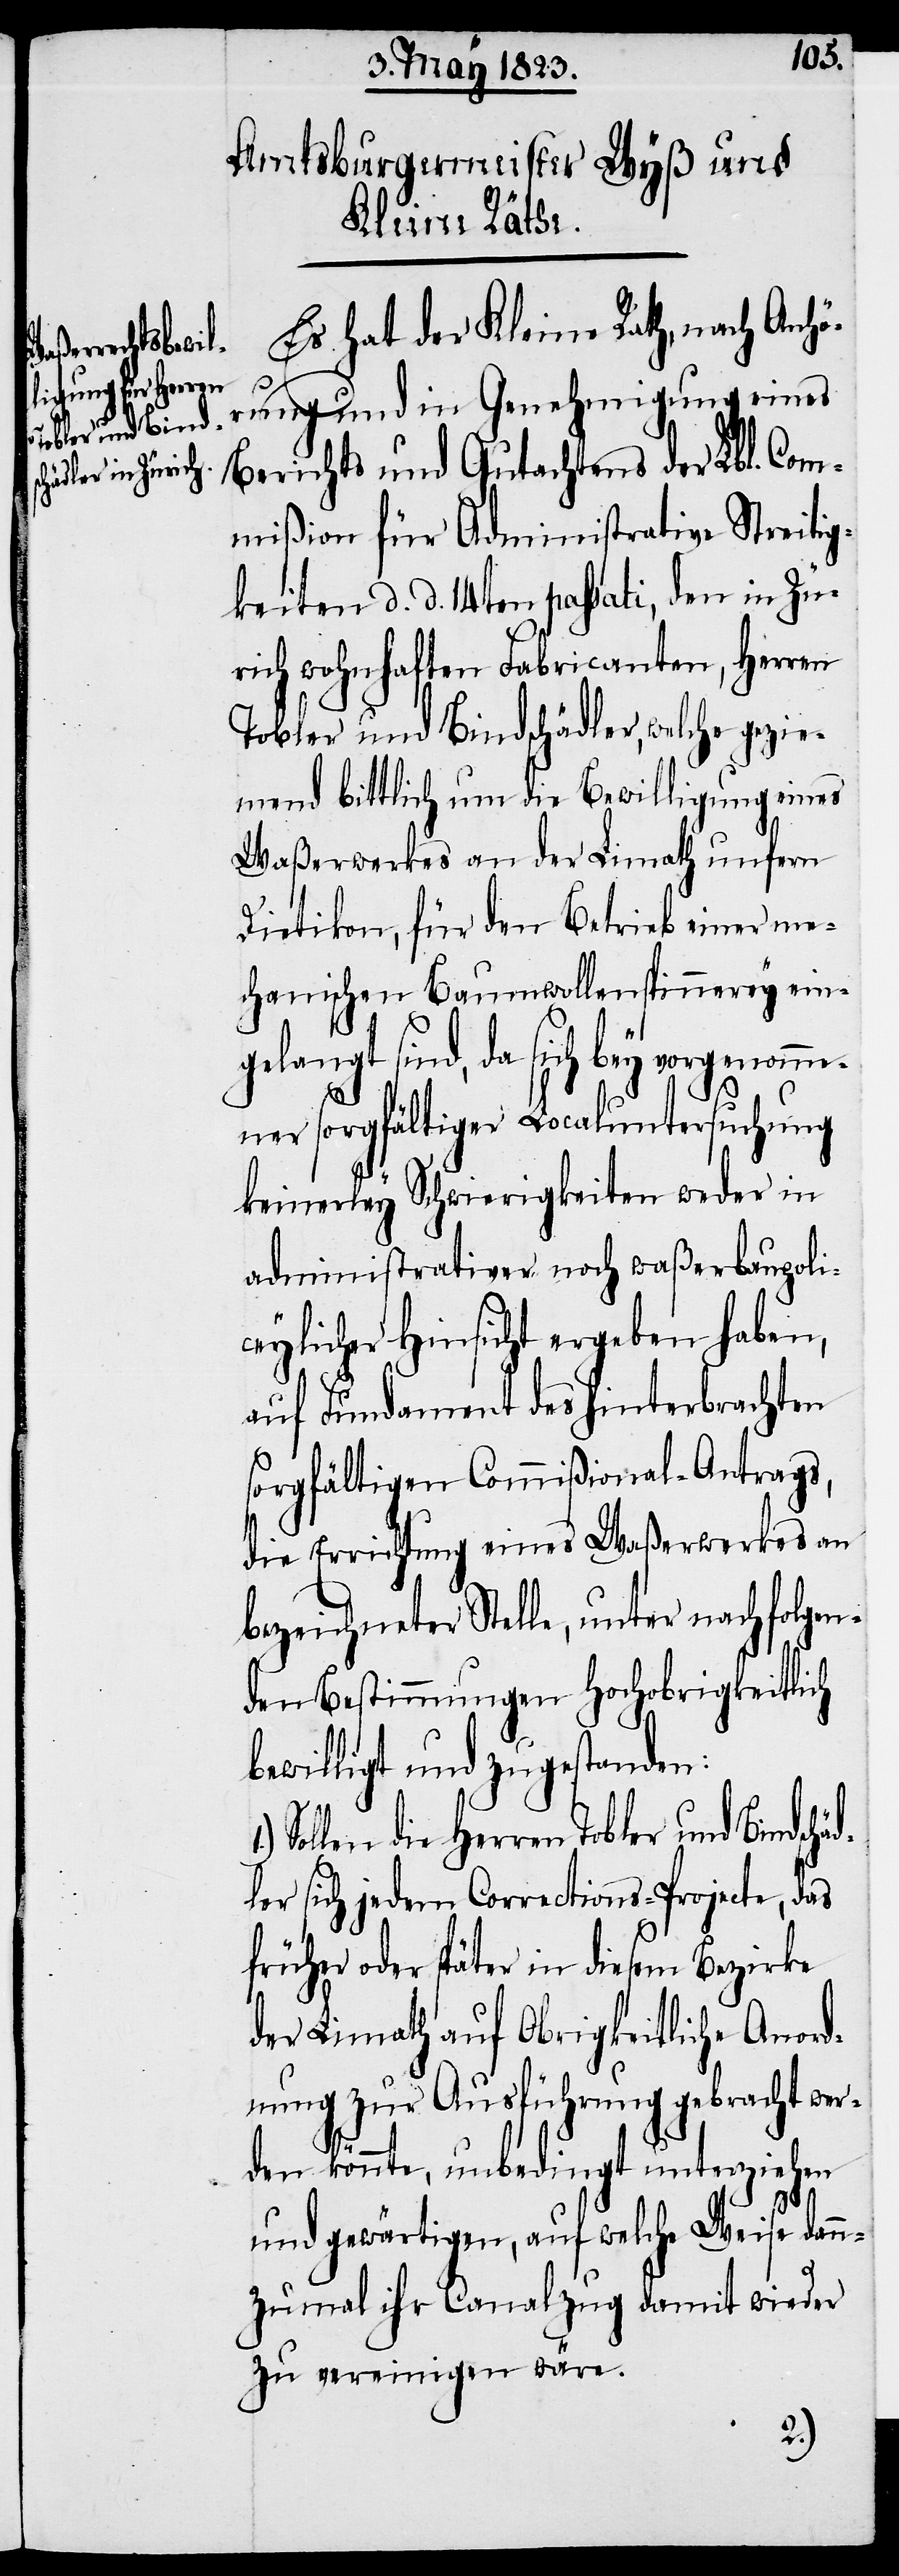
Tobler und Bind¬
Sollen die

schä¬
Es hat der Kleine Rath, nach Anhö¬
rung und in Genehmigung eines
Berichts und Gutachtens der Lbl. Com¬
mißion für Administrative Streitig¬
keiten d. d. 14ten passati, den in Zü¬
rich wohnhaften Fabricanten, Herren
Tobler und Bindschädler, welche gezie¬
mend bittlich um die Bewilligung eines
Waßerwerkes an der Limath unfern
Dietikon, für den Betrieb einer me¬
chanischen Baumwollenspinnerey ein¬
gelangt sind, da sich bey vorgenomme¬
ner sorgfältiger Localuntersuchung
keinerley Schwierigkeiten weder in
administrativer noch waßerbaupoli¬
ceylicher Hinsicht ergeben haben,
auf Fundament des hinterbrachten
sorgfältigen Commißional-Antrags,
die Errichtung eines Waßerwerkes an
bezeichneter Stelle, unter nachfolgen¬
den Bestimmungen hochobrigkeitlich
bewilligt und zugestanden:
dler sich jedem Corrections-Projecte, das
früher oder später in diesem Bezirke
der Limath auf Obrigkeitliche Anord¬
nung zur Ausführung gebracht wer¬
den könnte, unbedingt unterziehen
und gewärtigen, auf welche Weise dann¬
zumal ihr Canalzug damit wieder
zu vereinigen wäre.
1.)